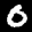
Label: 0